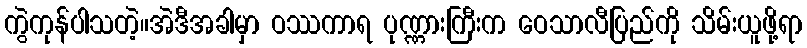
ကွဲကုန်ပါသတဲ့။အဲဒီအခါမှာ ဝဿကာရ ပုဏ္ဏားကြီးက ဝေသာလီပြည်ကို သိမ်းယူဖို့ရာ